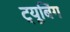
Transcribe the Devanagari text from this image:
ट्यूबिंग